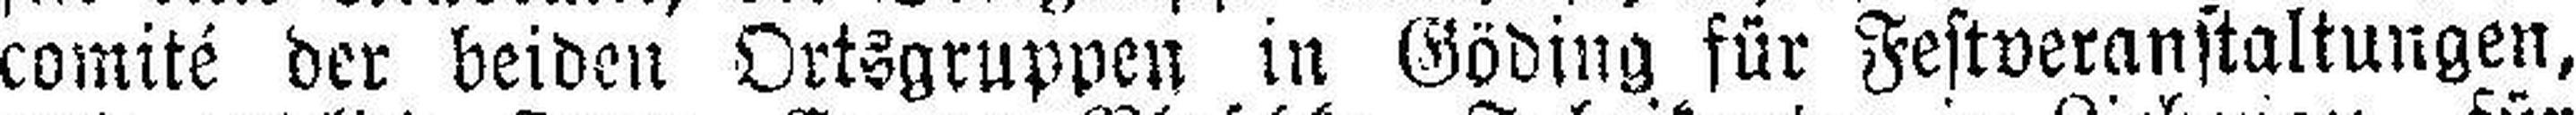
comité der beiden Ortsgruppen in Göding für Festveranstaltungen,